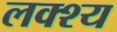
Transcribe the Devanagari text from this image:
लक्श्य